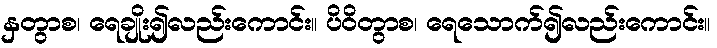
နှတွာစ၊ ရေချိုး၍လည်းကောင်း။ ပိဝိတွာစ၊ ရေသောက်၍လည်းကောင်း။